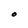
Character: O